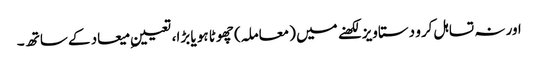
اور نہ تسا ہل کرو دستاویز لکھنے میں (معاملہ) چھوٹا ہو یا بڑا، تعیینِ میعاد کے ساتھ ۔